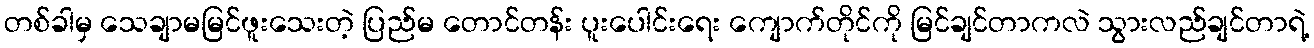
တစ်ခါမှ သေချာမမြင်ဖူးသေးတဲ့ ပြည်မ တောင်တန်း ပူးပေါင်းရေး ကျောက်တိုင်ကို မြင်ချင်တာကလဲ သွားလည်ချင်တာရဲ့